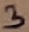
Text: 3